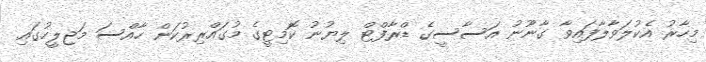
މިހާރު އެކުލަވާލާފައިވާ ގާނޫނު އަސާސީގެ ޑްރާފްޓް ލިޔުނު ކޮމިޓީގެ މުގައްރިރުކަން ހާއްސަ މަޖިލީހުގައި